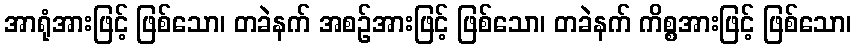
အာရုံအားဖြင့် ဖြစ်သော၊ တခဲနက် အစဉ်အားဖြင့် ဖြစ်သော၊ တခဲနက် ကိစ္စအားဖြင့် ဖြစ်သော၊